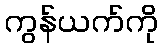
ကွန်ယက်ကို